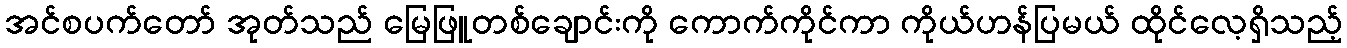
အင်စပက်တော် အုတ်သည် မြေဖြူတစ်ချောင်းကို ကောက်ကိုင်ကာ ကိုယ်ဟန်ပြမယ် ထိုင်လေ့ရှိသည့်